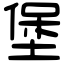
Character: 堡